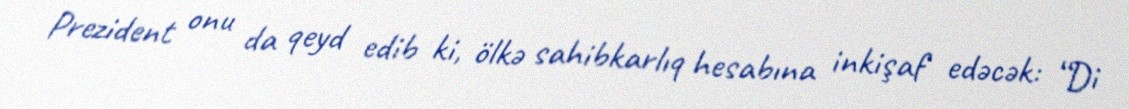
Prezident onu da qeyd edib ki, ölkə sahibkarlıq hesabına inkişaf edəcək: “Di